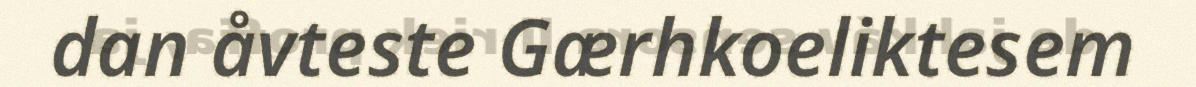
dan åvteste Gærhkoeliktesem